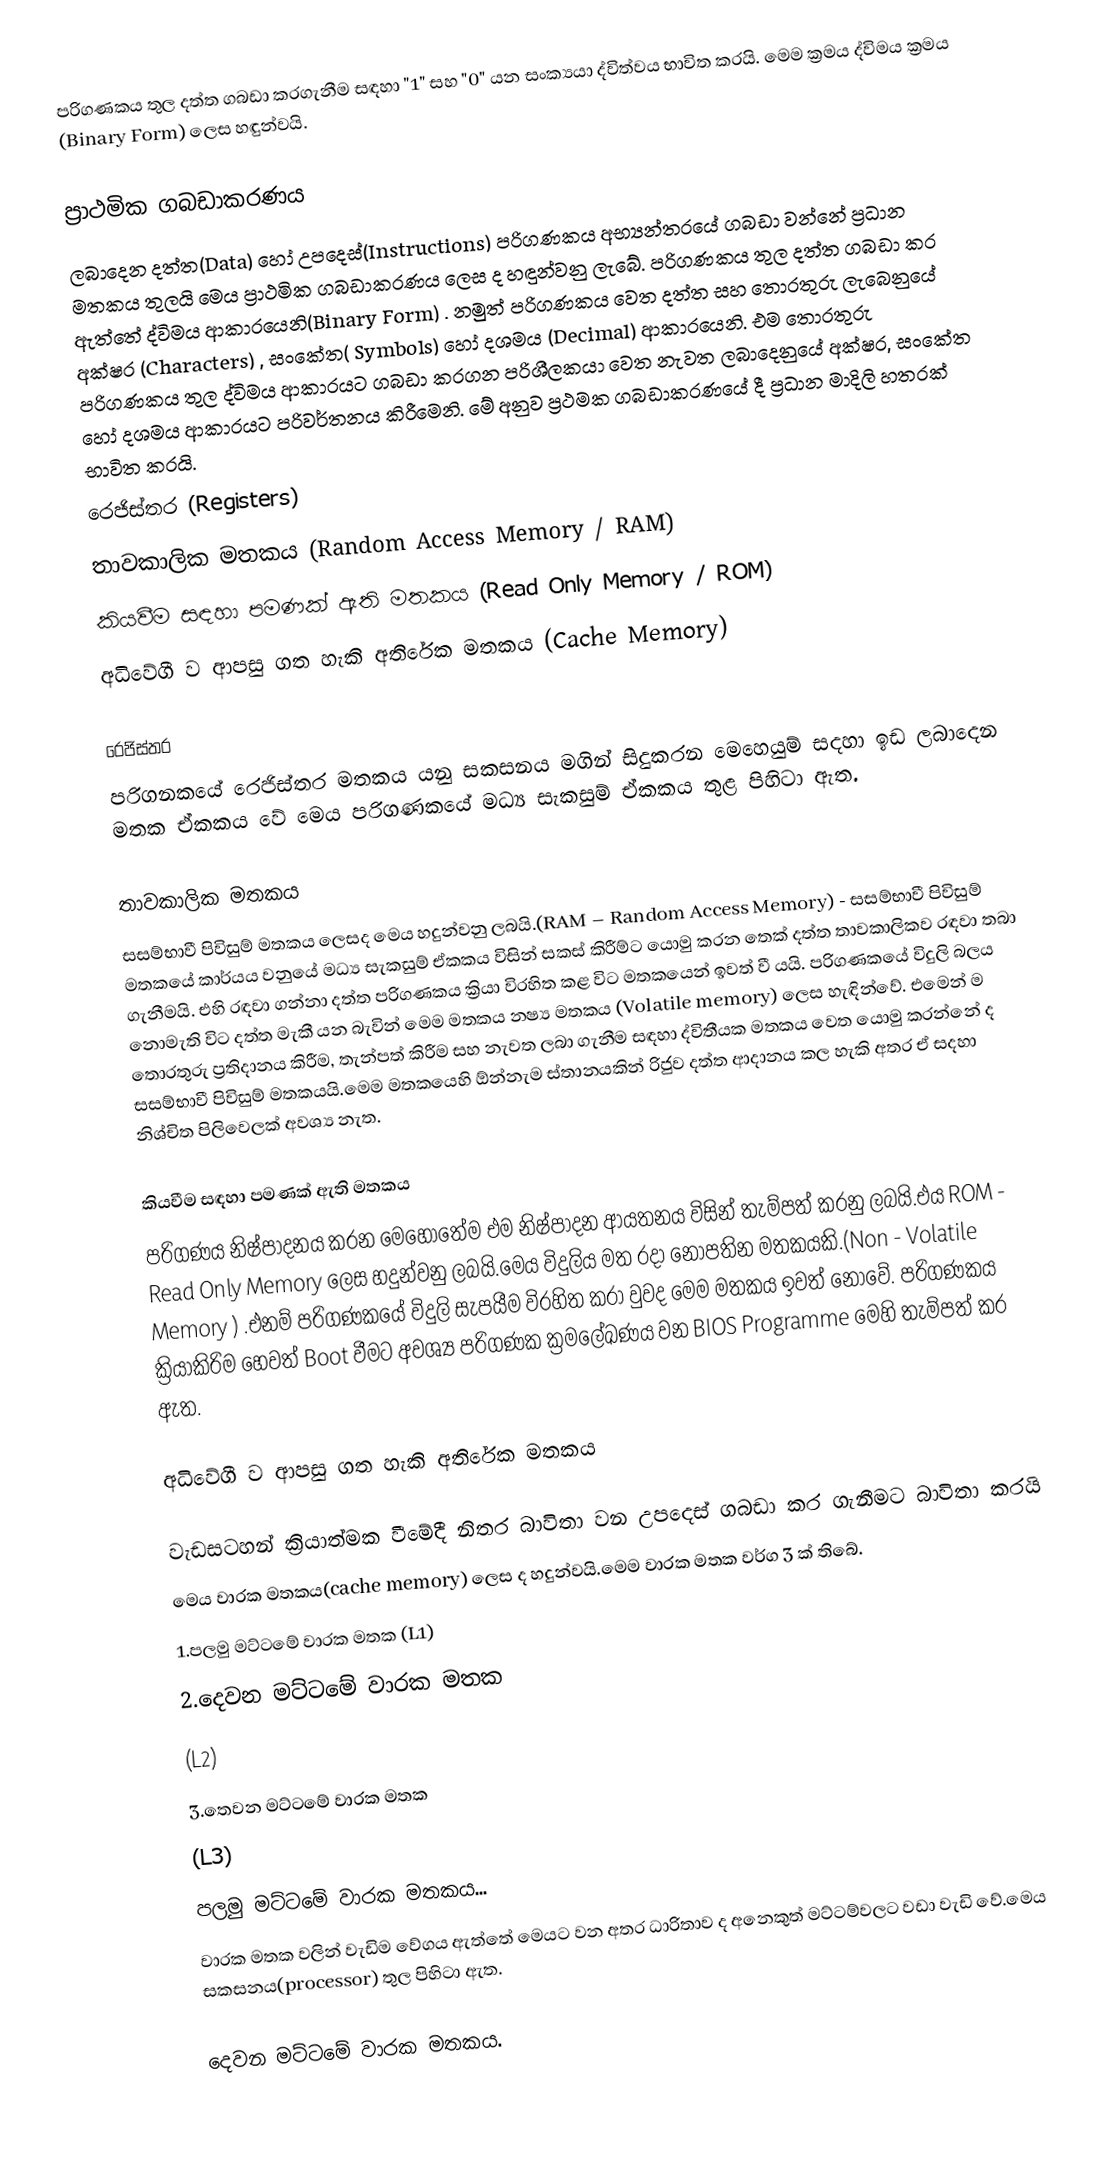
පරිගණකය තුල දත්ත ගබඩා කරගැනීම සඳහා "1" සහ "0" යන සංක්‍යයා ද්විත්වය භාවිත කරයි. මෙම ක්‍රමය ද්විමය ක්‍රමය (Binary Form) ලෙස හඳුන්වයි.

ප්‍රාථමික ගබඩාකරණය
ලබාදෙන දත්ත(Data)  හෝ උපදෙස්(Instructions) පරිගණකය අභ්‍යන්තරයේ ගබඩා වන්නේ ප්‍රධාන මතකය තුලයි මෙය ප්‍රාථමික ගබඩාකරණය ලෙස ද හඳුන්වනු ලැබේ. පරිගණකය තුල දත්ත ගබඩා කර ඇත්තේ ද්විමය ආකාරයෙනි(Binary Form) . නමුත් පරිගණකය වෙත දත්ත සහ තොරතුරු ලැබෙනුයේ අක්ෂර (Characters) , සංකේත( Symbols) හෝ දශමය (Decimal) ආකාරයෙනි. එම තොරතුරු පරිගණකය තුල ද්විමය ආකාරයට ගබඩා කරගන පරිශීලකයා වෙත නැවත ලබාදෙනුයේ අක්ෂර, සංකේත හෝ දශමය ආකාරයට පරිවර්තනය කිරීමෙනි. මේ අනුව ප්‍රථමක ගබඩාකරණයේ දී ප්‍රධාන මාදිලි හතරක් භාවිත කරයි.
රෙජිස්තර (Registers)
තාවකාලික මතකය (Random Access Memory / RAM)
කියවීම සඳහා පමණක් ඇති මතකය (Read Only Memory / ROM)
අධිවේගී ව ආපසු ගත හැකි අතිරේක මතකය (Cache Memory)

රෙජිස්තර
පරිගනකයේ රෙජිස්තර මතකය යනු සකසනය මගින් සිදුකරන මෙහෙයුම් සදහා ඉඩ ලබාදෙන මතක ඒකකය වේ මෙය පරිගණකයේ මධ්‍ය සැකසුම් ඒකකය තුළ පිහිටා ඇත.

තාවකාලික මතකය
සසම්භාවී පිවිසුම් මතකය ලෙසද මෙය හදුන්වනු ලබයි.(RAM – Random Access Memory) - සසම්භාවී පිවිසුම් මතකයේ කාර්යය වනුයේ මධ්‍ය සැකසුම් ඒකකය විසින් සකස් කිරීම්ට යොමු කරන තෙක් දත්ත තාවකාලිකව රඳවා තබා ගැනීමයි. එහි රඳවා ගන්නා දත්ත පරිගණකය ක්‍රියා විරහිත කළ විට මතකයෙන් ඉවත් වී යයි. පරිගණකයේ විදුලි බලය නොමැති විට දත්ත මැකී යන බැවින් මෙම මතකය නෂ්‍ය මතකය (Volatile memory) ලෙස හැඳින්වේ. එමෙන් ම තොරතුරු ප්‍රතිදානය කිරීම, තැන්පත් කිරීම සහ නැවත ලබා ගැනීම සඳහා ද්විතීයක මතකය වෙත යොමු කරන්නේ ද සසම්භාවී පිවිසුම් මතකයයි.මෙම මතකයෙහි ඕන්නැම ස්තානයකින් රිජුව දත්ත ආදානය කල හැකි අතර ඒ සදහා නිශ්චිත පිලිවෙලක් අවශ්‍ය නැත.

කියවීම සඳහා පමණක් ඇති මතකය
පරිගණය නිෂ්පාදනය කරන මෙහොතේම එම නිෂ්පාදන ආයතනය විසින් තැම්පත් කරනු ලබයි.එය ROM - Read Only Memory ලෙස හදුන්වනු ලබයි.මෙය විදුලිය මත රදා නොපතින මතකයකි.(Non - Volatile Memory ) .එනම් පරිගණකයේ විදුලි සැපයීම විරහිත කරා වුවද මෙම මතකය ඉවත් නොවේ. පරිගණකය ක්‍රියාකිරිම හෙවත් Boot වීමට අවශ්‍ය පරිගණක ක්‍රමලේඛණය වන BIOS Programme මෙහි තැම්පත් කර ඇත.

අධිවේගී ව ආපසු ගත හැකි අතිරේක මතකය

වැඩසටහන් ක්‍රියාත්මක වීමේදී නිතර බාවිතා වන උපදෙස් ගබඩා කර ගැනීමට බාවිතා කරයි
මෙය වාරක මතකය(cache memory) ලෙස ද හදුන්වයි.මෙම වාරක මතක වර්ග 3 ක් තිබේ.
    1.පලමු මට්ටමේ වාරක මතක (L1)
    2.දෙවන මට්ටමේ වාරක මතක
      (L2)
    3.තෙවන මට්ටමේ වාරක මතක
      (L3)
පලමු මට්ටමේ වාරක මතකය...
   වාරක මතක වලින් වැඩිම වේගය ඇත්තේ මෙයට වන අතර ධාරිතාව ද අනෙකුත් මට්ටම්වලට වඩා වැඩි වේ.මෙය සකසනය(processor) තුල පිහිටා ඇත.

දෙවන මට්ටමේ වාරක මතකය.